Report on sanitation, dispensaries, and jails in Rajputana for 1911, and on vaccination for the year 1911-1912 - 1911-1912
Year: 1911
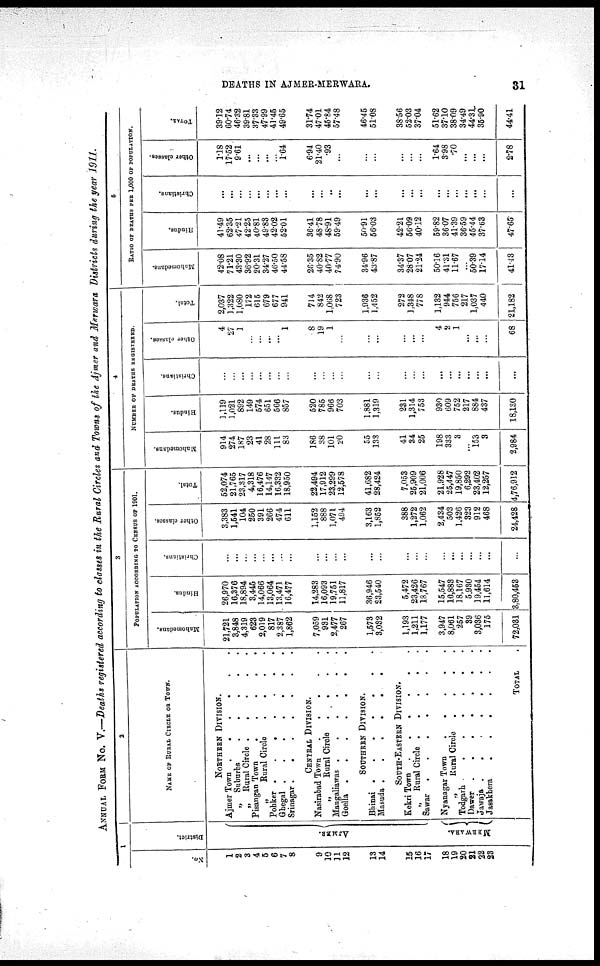
DEATHS IN AJMER-MERWARA.
31
ANNUAL FROM No. V.—Deaths registered according to classes in the Rural Circles and Towns of the Ajmer and Merwara Districts during the year 1911.
1
No.
1
2
3
4
5
6
7
8
9
10
11
12
13
14
15
16
17
18
19
20
21
22
23
District.
AJMER.
MERWARA.
2
NAME OF RURAL CIRCLE OF TOWN.
NORTHERN DIVISION.
Ajmer Town .
.
.
.
.
.
„ Suburbs
.
.
.
.
.
„ Rural Circle .
.
.
.
.
Pisangan Town
.
.
.
.
.
„
Rural Circle
.
.
.
.
Pohker .
.
.
.
.
.
.
Ghegal .
.
.
.
.
.
.
Srinagar . . . . . . .
CENTRAL DIVISION.
Nasirabad Town
.
.
.
.
.
„
Rural Circle .
.
.
.
Mangaliawas . . . . . .
Goella .
.
.
.
.
.
.
SOUTHERN DIVISION.
Bhinai .
.
.
.
.
.
.
Masuda .
.
.
.
.
.
SOUTH-EASTERN DIVISION.
Kekri Town .
.
.
.
.
.
„ Rural Circle .
.
.
.
.
Sawar .
.
.
.
.
.
.
Nyanagar Town
.
.
.
.
.
„
Rural Circle
.
.
.
.
Todgarh
. . . . . .
Dawer .
.
.
.
.
.
.
Jawaja .
.
.
.
.
.
.
Jasakhera
.
.
.
.
.
.
TOTAL .
3
POPULATION ACCORDING TO CENSUS OF 1901.
Mahomedans.
21,721
3,848
4,319
623
2,019
817
2,387
1,862
7,059
931
2,477
267
1,573
3,032
1,193
1,211
1,177
3,947
8,061
257
39
3,036
175
72,031
Hindus.
26,970
16,376
18,894
3,445
14,066
13,064
13,471
16,477
14,283
16,093
19,751
11,817
36,946
23,540
5,472
23,426
18,767
15,547
16,883
18,167
5,930
19,454
11,614
3,80,453
Christians.
...
...
...
...
...
...
...
...
...
...
...
...
...
...
...
...
...
...
...
...
...
...
...
...
Other classes.
3,383
1,541
104
250
391
266
474
611
1,152
888
11,071
494
3,163
1,852
388
1,272
1,062
2,434
503
1,426
323
912
468
24,428
Total.
52,074
21,765
23,317
4,318
16,476
14,147
16,332
18,950
22,494
17,912
23,299
12,578
41,682
28,424
7,053
25,909
21,006
21,928
25,447
19,850
6,292
23,402
12,257
4,76,912
4
NUMBER OF DEATHS REGISTERED.
Mahomedans.
914
274
187
23
41
28
111
83
186
38
101
20
55
133
41
34
25
198
333
3
...
153
3
2,984
Hindus.
1,119
1,021
892
149
574
651
566
857
520
785
966
703
1,881
1,319
231
1,314
753
930
609
752
217
884
437
18,130
Christians.
...
...
...
...
...
...
...
...
...
...
...
...
...
...
...
...
...
...
...
...
...
...
...
...
Other classes.
4
27
1
...
...
...
...
1
8
19
1
...
...
...
...
...
...
4
2
1
...
...
...
68
Total.
2,037
1,322
1,080
172
615
679
677
941
714
842
1,068
723
1,936
1,452
272
1,348
778
1,132
944
756
217
1,037
440
21,182
5
RATIO OF DEATHS PER 1,000 OF POPULATION.
Mahomedans.
42.08
71.21
48.30
36.92
20.31
34.27
46.50
44.58
26.35
40.82
40.77
74.90
34.96
43.87
34.37
28.07
21.24
50.16
41.31
11.67
...
50.39
17.14
41.43
Hindus.
41.49
62.35
47.21
42.25
40.81
49.83
42.02
52.01
36.41
48.78
48.91
59.49
50.91
56.03
42.21
56.09
40.12
59.82
36.07
41.39
36.59
45.44
37.63
47.65
Christians.
...
...
...
...
...
...
...
...
...
...
...
...
...
...
...
...
...
...
...
...
...
...
...
...
Other classes.
1.18
17.52
9.61
...
...
...
...
1.64
6.94
21.40
.93
...
...
...
...
...
...
1.64
3.98
.70
...
...
...
2.78
TOTAL.
39.12
60.74
46.32
39.81
37.33
47.99
41.45
49.65
31.74
47.01
45.84
57.48
46.45
51.08
38.56
52.03
37.04
51.62
37.10
38.09
34.49
44.31
35.90
44.41